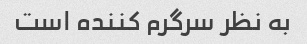
به نظر سرگرم کننده است